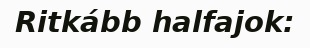
Ritkább halfajok: